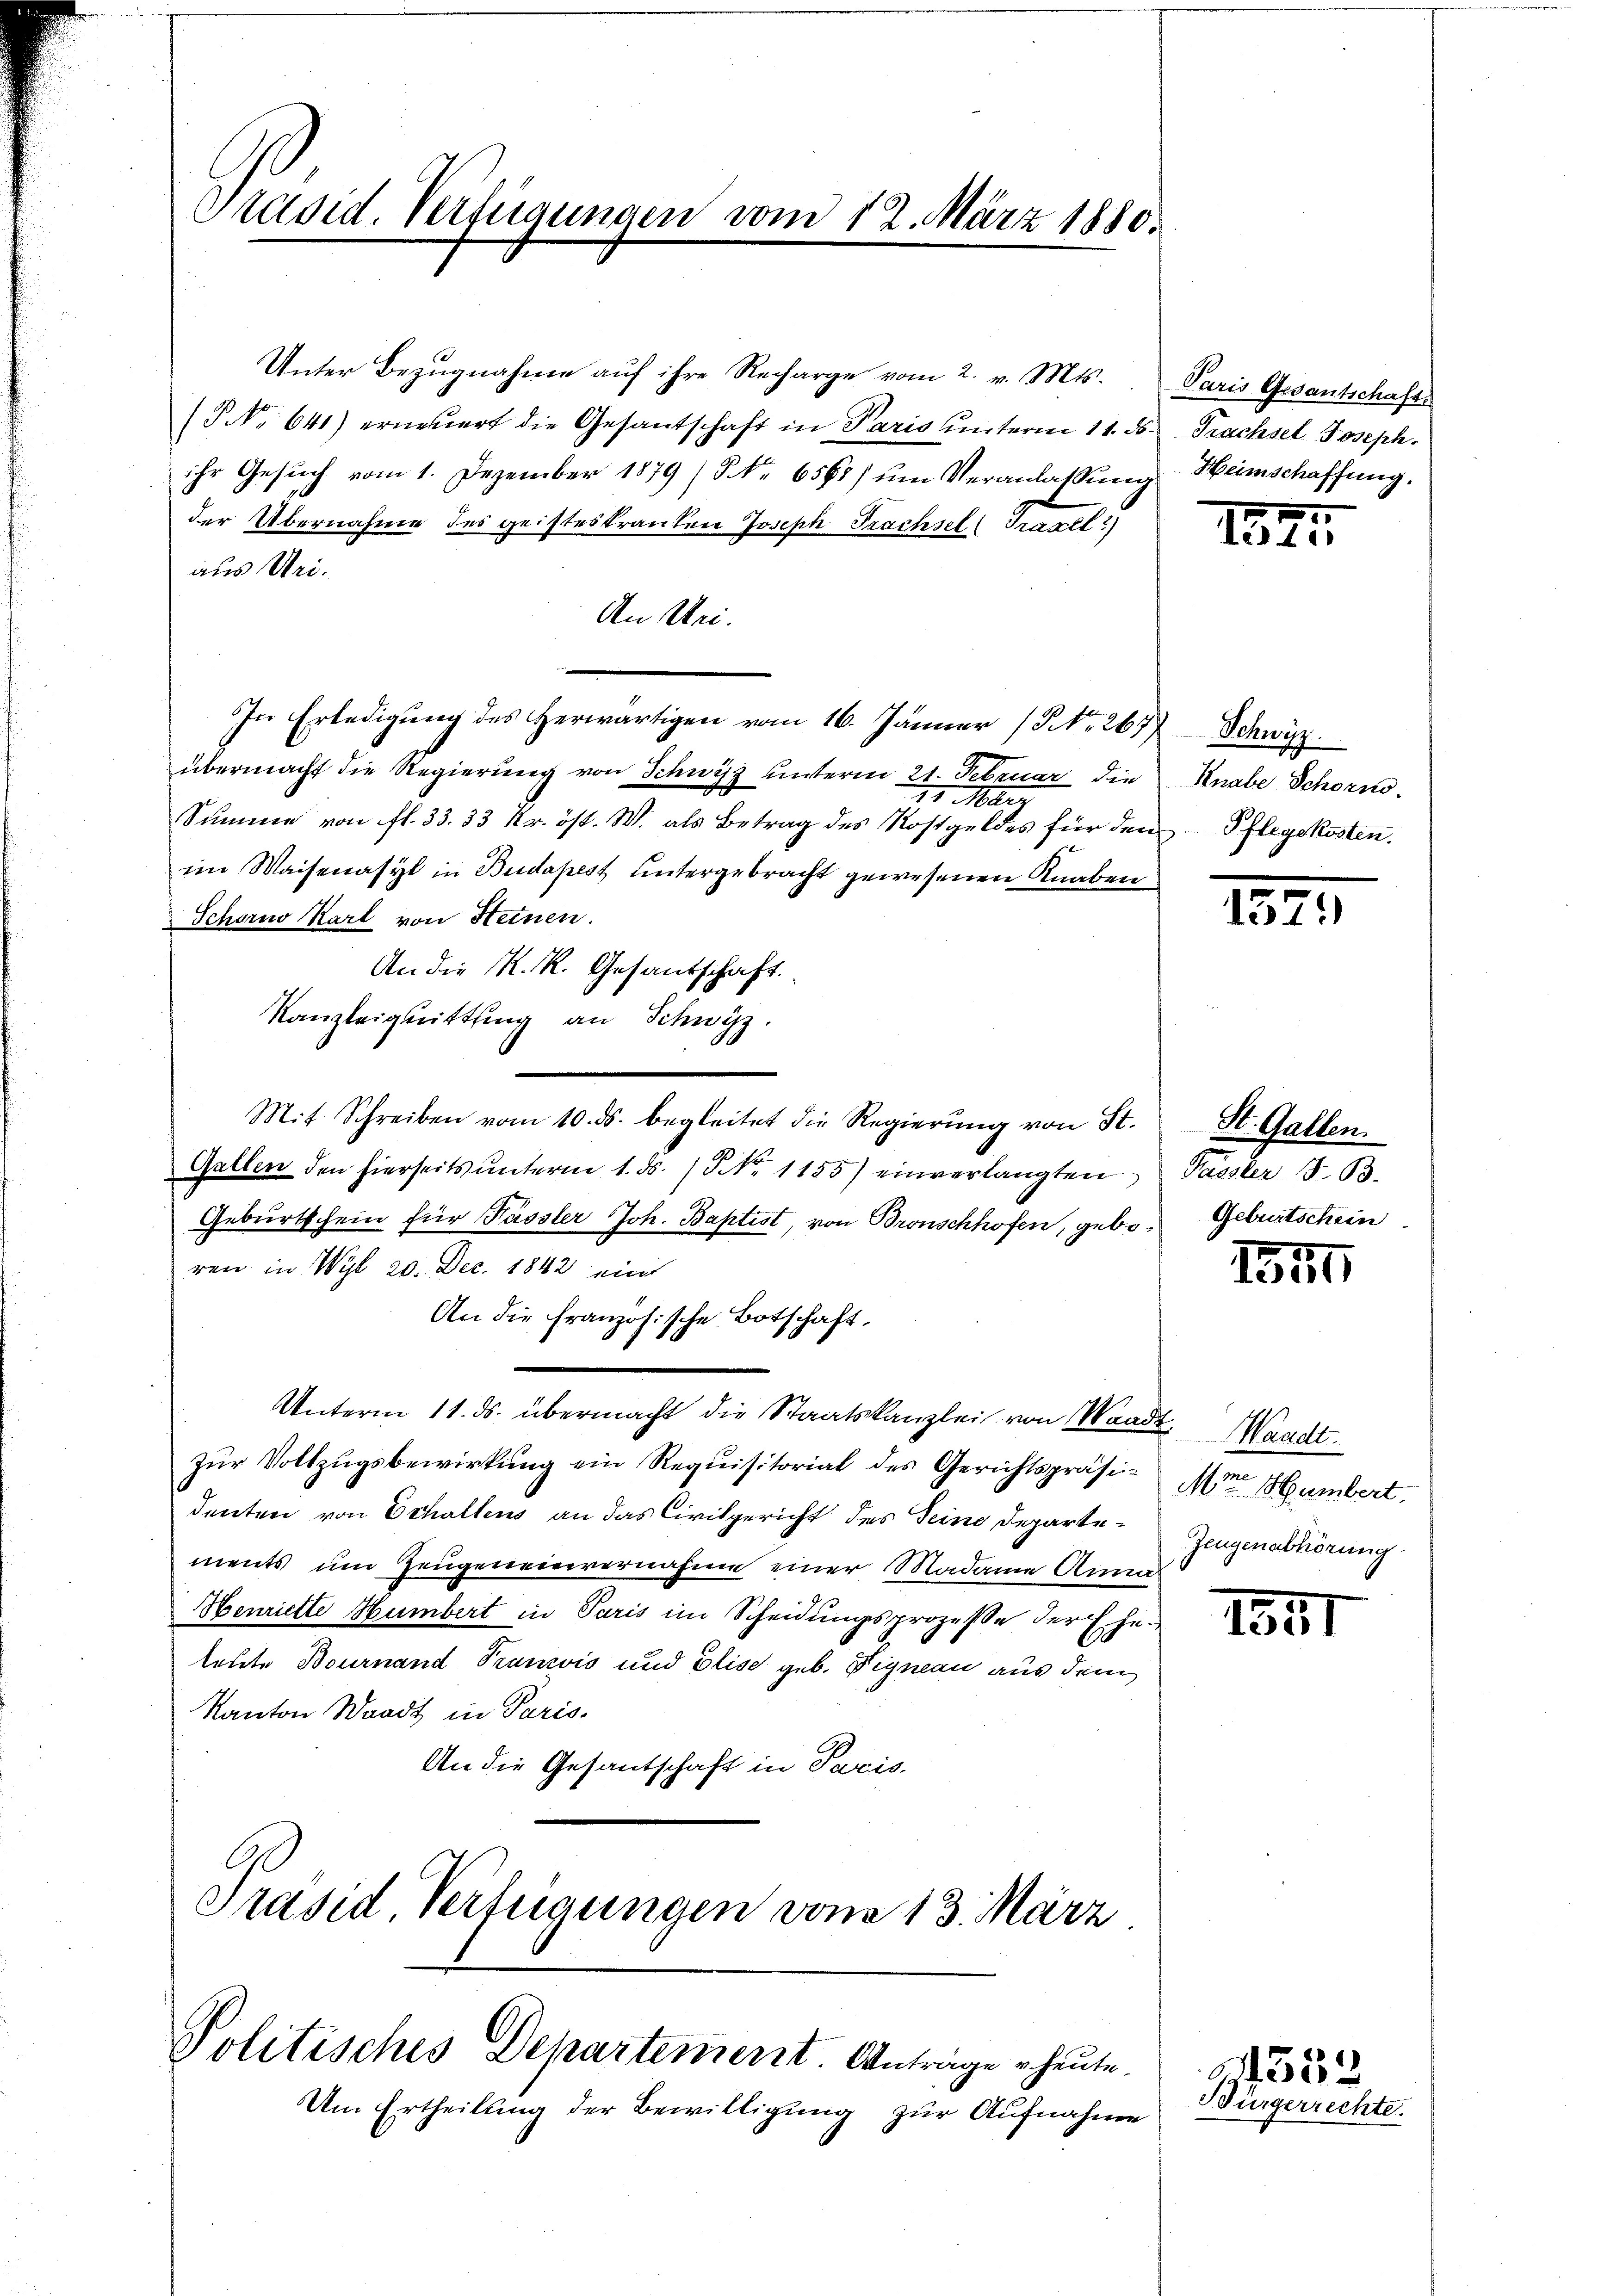
Präsid. Verfügungen vom 12. März 1880.

Unter Bezŭgnahme aŭf ihre Recharge vom 2. v. Mts.
(P NNo. 641) erneuert die Gesantschaft in Paris unterm 11. ds.
ihr Gesŭch vom 1. Dezember 1879 / NNo. 6561) ŭm Veranlassung
der Übernahme des geisteskranken Joseph Trachsel (Traxel)
aus Uri.
An Mei¬
In Erledigung des Herwärtigen vom 16. Jänner (Nr. 267
übermacht die Regierung von Schwyz unterm 21. Februar die
31. März
Summe von fl. 33. 33 kr. öst. W. als Betrag des Rostgeldes für den
im Waisenasyl in Budapest untergebracht gewesenen Knaben
Schorno Karl von Steinen.
An die K. R. Gesandschaft.
Kanzleiguittung an Schwyz
Mit Schreiben vom 10. ds. begleitet die Regierung von St.
Gallen den hierseits ŭnterm 1. ds. S. 1155) einverlangten
Geburtschein für Passler Joh. Baptist, von Bronschhofen, geboren in Wyl 20. Dez. 1842 eint
An die französische Botschaft,
Unterm 11. ds. übermacht die Staatskanzlei von Waad
zŭr Vollzugsbewirkung ein Requisitorial des Gerichtspräsi-
denten von Echaltens an das Civilgericht des Seine Departements um Zeugeneinvernahme einer Madame Anm
Henriette Humbert in Paris im Scheidungsprozesse der Ehe
leute Bournand Franzvis und Elise geb. Dignau aus dem
Kanton Waadt in Paris-
An die Gesantschaft in Paris.
Präsid. Verfügungen vom 13. März

Politisches Departement. Antrage heute.

Um Ertheilung der Bewilligung zur Aufnahme

Paris Gesantschafts
Trachsel Joseph.
Heimschaffung.

Schweiz.
Knabe Schorn.
¬
Pflegekosten.

1824.

157.

St. Gallen.
Paister J. B.
Geburtschein

141

7. Mandt.
Mm Humbert.
Zeugenabhörung.

154

G. 352
Bürgerrechte